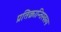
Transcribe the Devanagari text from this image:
प्रतिक्रान्तिस्वरुप